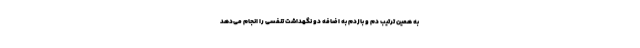
به همین ترتیب دم و بازدم به اضافه دو نگهداشت تنفسی را انجام می‌دهد